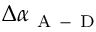
\Delta \alpha _ { \mathrm { ~ A ~ - ~ D ~ } }